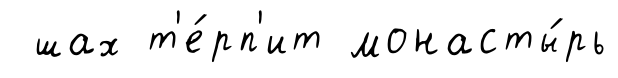
шах т'е́рп'ит монасты́рь